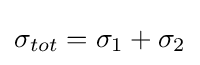
\sigma _{tot}=\sigma _{1}+\sigma _{2}